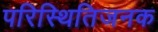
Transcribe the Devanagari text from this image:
परिस्थितिजनक